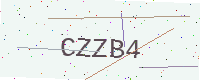
Text: CZZB4